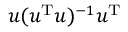
u ( u ^ { \mathrm { T } } u ) ^ { - 1 } u ^ { \mathrm { T } }